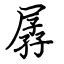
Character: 孱